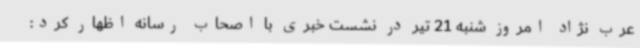
عرب نژاد امروز شنبه 21 تیر در نشست خبری با اصحاب رسانه اظهار کرد: